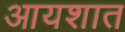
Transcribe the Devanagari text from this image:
आयशात